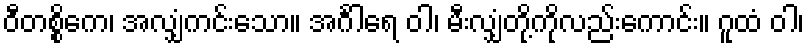
ဝီတစ္စိကေ၊ အလျှံကင်းသော။ အင်္ဂါရေ ဝါ၊ မီးလျှံတို့ကိုလည်းကောင်း။ ဂူထံ ဝါ၊